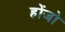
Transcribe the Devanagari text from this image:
होंजो